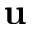
\mathbf { u }